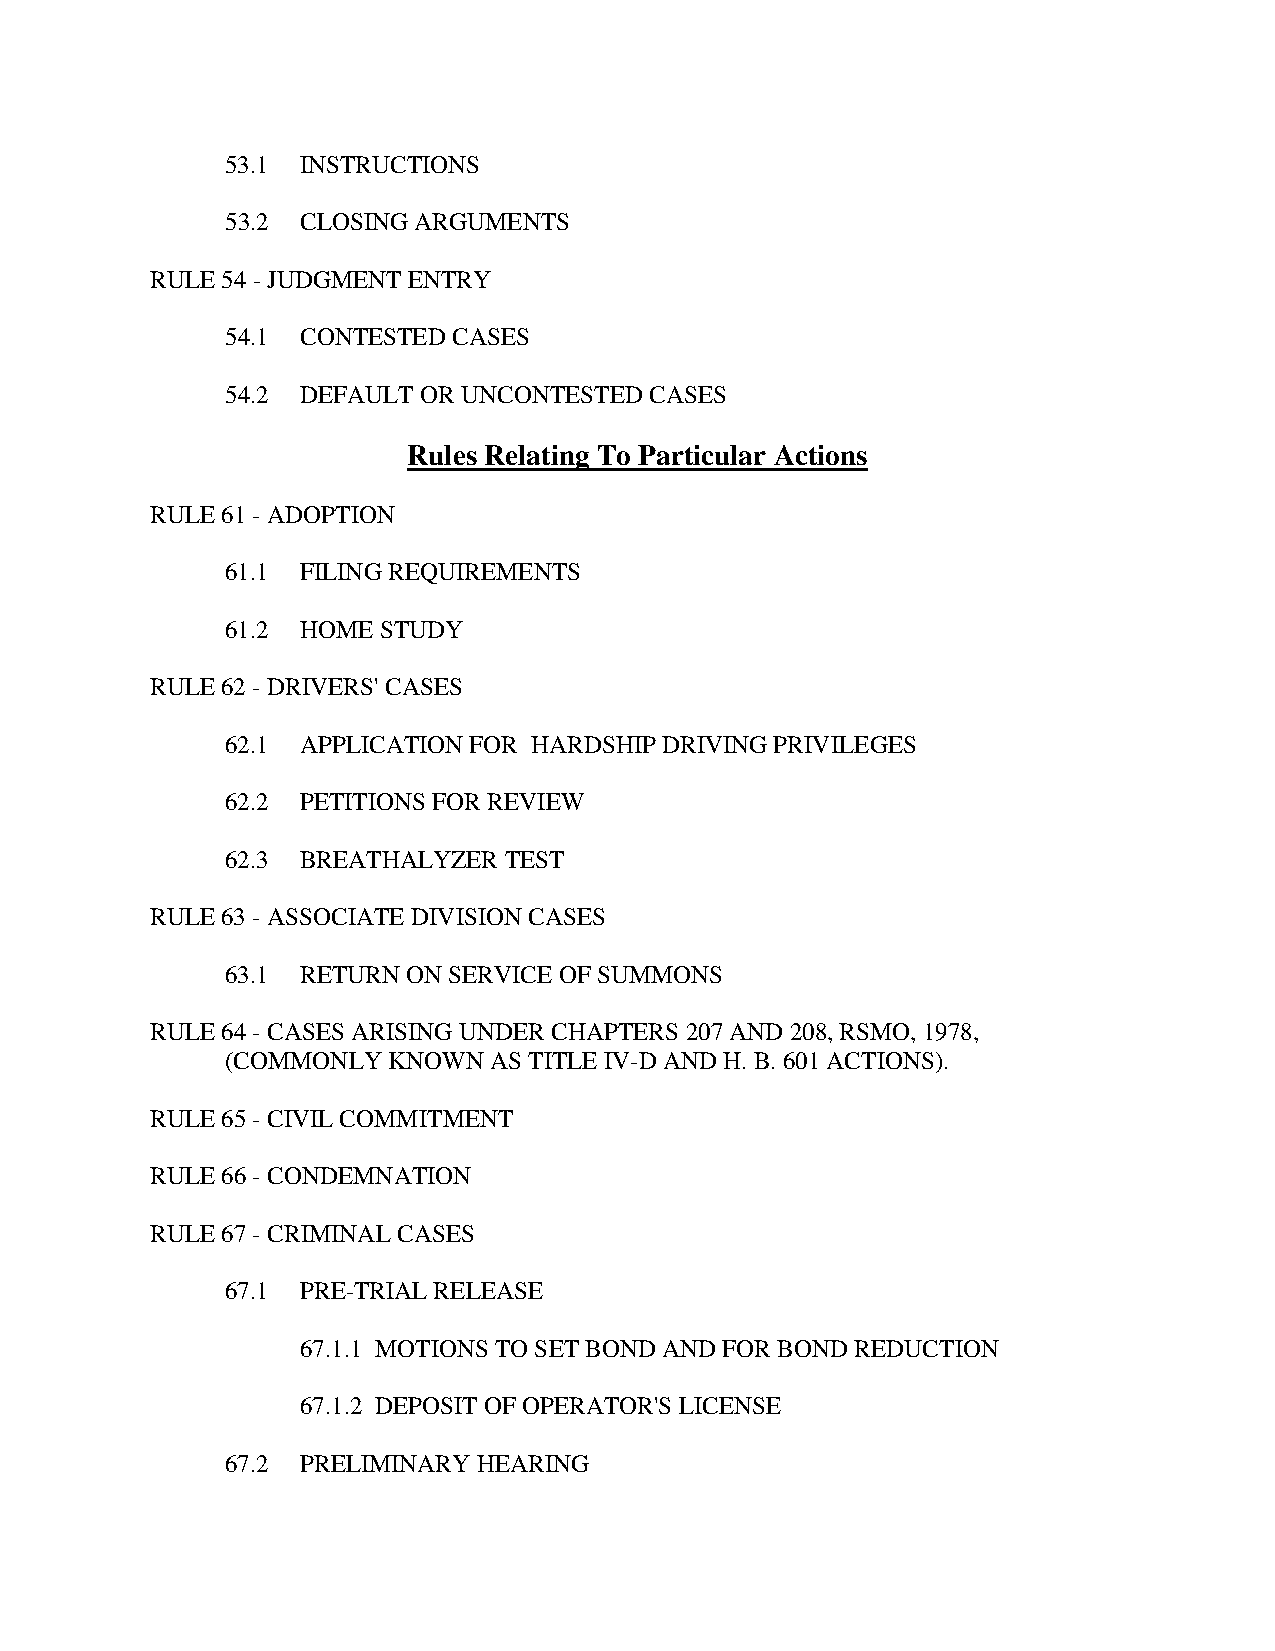
53.1 INSTRUCTIONS
 53.2 CLOSING ARGUMENTS
 RULE 54 - JUDGMENT ENTRY
 54.1 CONTESTED CASES
 54.2 DEFAULT OR UNCONTESTED CASES
 Rules Relating To Particular Actions
 RULE 61 - ADOPTION
 61.1 FILING REQUIREMENTS
 61.2 HOME STUDY
 RULE 62 - DRIVERS' CASES
 62.1 APPLICATION FOR HARDSHIP DRIVING PRIVILEGES
 62.2 PETITIONS FOR REVIEW
 62.3 BREATHALYZER TEST
 RULE 63 - ASSOCIATE DIVISION CASES
 63.1 RETURN ON SERVICE OF SUMMONS
 RULE 64 - CASES ARISING UNDER CHAPTERS 207 AND 208, RSMO, 1978,
 (COMMONLY  KNOWN AS TITLE IV-D AND H. B. 601 ACTIONS).
 RULE 65 - CIVIL COMMITMENT
 RULE 66 - CONDEMNATION
 RULE 67 - CRIMINAL CASES
 67.1 PRE-TRIAL RELEASE
 67.1.1 MOTIONS TO SET BOND AND FOR BOND REDUCTION
 67.1.2 DEPOSIT OF OPERATOR'S LICENSE
 67.2 PRELIMINARY HEARING